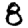
Digit: 8